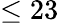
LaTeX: \leq 23